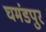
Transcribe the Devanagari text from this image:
घमंडपुर